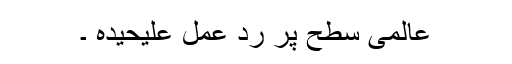
عالمی سطح پر رد عمل علیحیدہ ۔